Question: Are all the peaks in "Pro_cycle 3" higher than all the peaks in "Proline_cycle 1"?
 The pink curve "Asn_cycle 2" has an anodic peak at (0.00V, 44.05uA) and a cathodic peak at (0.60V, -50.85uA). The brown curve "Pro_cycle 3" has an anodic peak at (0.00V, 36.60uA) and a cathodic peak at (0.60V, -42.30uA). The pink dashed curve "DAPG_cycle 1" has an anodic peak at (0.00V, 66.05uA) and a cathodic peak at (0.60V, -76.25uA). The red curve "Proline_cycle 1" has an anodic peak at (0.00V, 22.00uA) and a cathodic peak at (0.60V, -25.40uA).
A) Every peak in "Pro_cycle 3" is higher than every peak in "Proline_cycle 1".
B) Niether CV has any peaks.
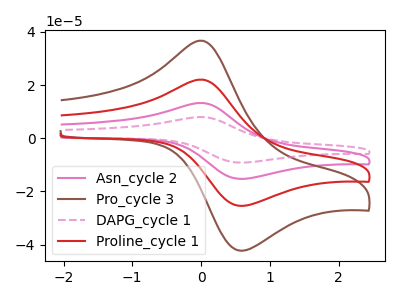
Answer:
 <answer>A) Every peak in "Pro_cycle 3" is higher than every peak in "Proline_cycle 1".</answer>
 <eval>A</eval>